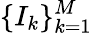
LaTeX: \{ I_{k}\} _{k=1}^{M}